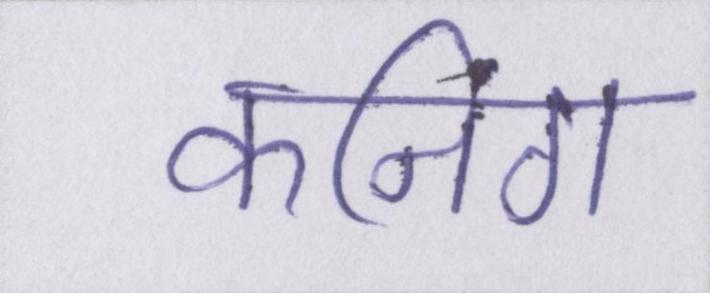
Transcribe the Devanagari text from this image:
कनिंग